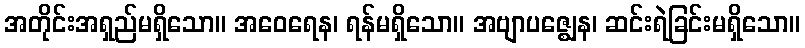
အတိုင်းအရှည်မရှိသော။ အဝေရေန၊ ရန်မရှိသော။ အဗျာပဇ္ဈေန၊ ဆင်းရဲခြင်းမရှိသော။